Report of the Municipal Commissioner on the plague in Bombay for the year ending 31st May... - Volume 1
Disease focus: Plague
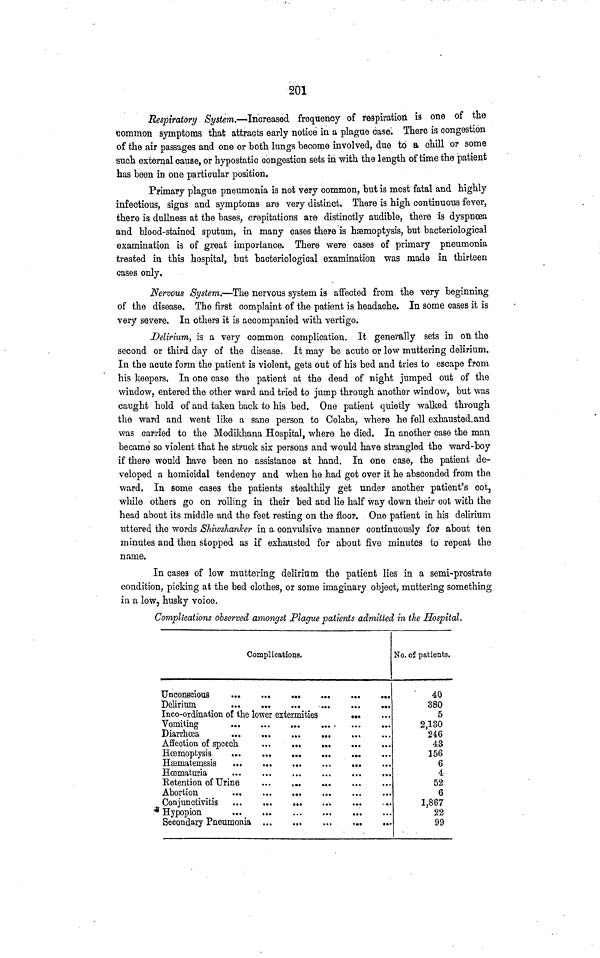
201
Respiratory System.—Increased frequency of respiration is one of the
common symptoms that attracts early notice in a plague case. There is congestion
of the air passages and one or both lungs become involved, due to a chill or some
such external cause, or hypostatic congestion sets in with the length of time the patient
has been in one particular position.
Primary plague pneumonia is not very common, but is most fatal and highly
infectious, signs and symptoms are very distinct. There is high continuous fever,
there is dullness at the bases, crepitations are distinctly audible, there is dyspnoea
and blood-stained sputum, in many cases there is haemoptysis, but bacteriological
examination is of great importance. There were cases of primary pneumonia
treated in this hospital, but bacteriological examination was made in thirteen
cases only.
Nervous System.—The nervous system is affected from the very beginning
of the disease. The first complaint of the patient is headache. In some cases it is
very severe. In others it is accompanied with vertigo.
Delirium, is a very common complication. It generally sets in on the
second or third day of the disease. It may be acute or low muttering delirium.
In the acute form the patient is violent, gets out of his bed and tries to escape from
his keepers. In one case the patient at the dead of night jumped out of the
window, entered the other ward and tried to jump through another window, but was
caught hold of and taken back to his bed. One patient quietly walked through
the ward and went like a sane person to Colaba, where he fell exhausted, and
was carried to the Modikhana Hospital, where he died. In another case the man
became so violent that he struck six persons and would have strangled the ward-boy
if there would have been no assistance at hand. In one case, the patient de-
veloped a homicidal tendency and when he had got over it he absconded from the
ward. In some cases the patients stealthily get under another patient's cot,
while others go on rolling in their bed and lie half way down their cot with the
head about its middle and the feet resting on the floor. One patient in his delirium
uttered the words Shiwshanker in a convulsive manner continuously for about ten
minutes and then stopped as if exhausted for about five minutes to repeat the
name.
In cases of low muttering delirium the patient lies in a semi-prostrate
condition, picking at the bed clothes, or some imaginary object, muttering something
in a low, husky voice.
Complications observed amongst Plague patients admitted in the Hospital.
Complications.
Inco-ordination of the lower extermities
Affection of speech
Retention of Urine
Abortion
Conjunctivitis
Hypopion
Secondary Pneumonia
···
.......
No. of patients.
40
380
5
2,130
246
43
156
6
4
52
6
1,867
22
99